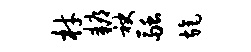
材耨袂融旄